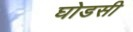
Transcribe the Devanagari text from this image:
घोडसी